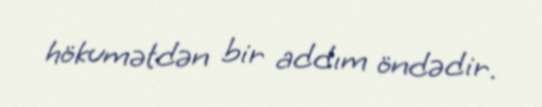
hökumətdən bir addım öndədir.